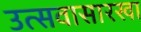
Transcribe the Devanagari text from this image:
उत्सवासारखा